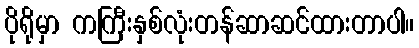
ပိုရိုမှာ ကကြီးနှစ်လုံးတန်ဆာဆင်ထားတာပါ။